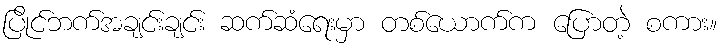
ပြိုင်ဘက်အချင်းချင်း ဆက်ဆံရေးမှာ တစ်ယောက်က ပြောတဲ့ စကား။